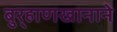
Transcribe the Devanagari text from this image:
बुर्‍हाणखानाने